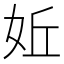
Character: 㚱